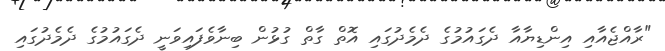
"ރާއްޖެއާއި އިންޑިޔާއާ ދެގައުމުގެ ދެމެދުގައި އޮތް ގާތް ގުޅުން ބިނާވެފައިވަނީ ދެގައުމުގެ ދެމެދުގައި